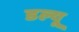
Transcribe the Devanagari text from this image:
डल्यू